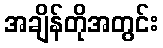
အချိန်တိုအတွင်း